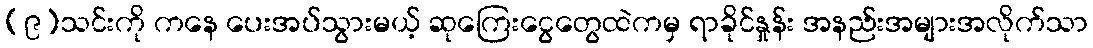
(၉)သင်းကို ကနေ ပေးအပ်သွားမယ့် ဆုကြေးငွေတွေထဲကမှ ရာခိုင်နှုန်း အနည်းအများအလိုက်သာ